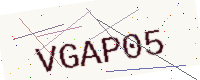
Text: VGAP05